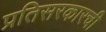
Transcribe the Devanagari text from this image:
प्रतिसरकारची